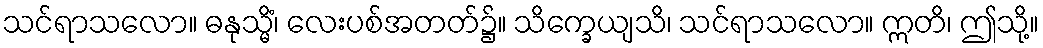
သင်ရာသလော။ ဓနုသ္မိံ၊ လေးပစ်အတတ်၌။ သိက္ခေယျသိ၊ သင်ရာသလော။ ဣတိ၊ ဤသို့။